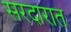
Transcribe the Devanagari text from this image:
सरदारात